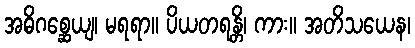
အဓိဂစ္ဆေယျ၊ မရရာ။ ပိယတရန္တိ၊ ကား။ အတိသယေန၊